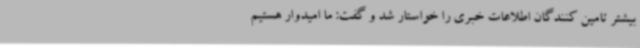
بیشتر تامین کنندگان اطلاعات خبری را خواستار شد و گفت: ما امیدوار هستیم